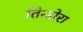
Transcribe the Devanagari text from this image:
तिन्डोरा